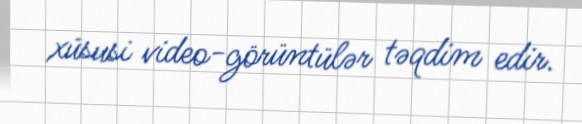
xüsusi video-görüntülər təqdim edir.